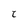
Character: C